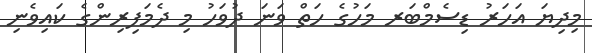
މިދިޔަ އަހަރު ޑިސެމްބަރ މަހުގެ ހަތް ވަނަ ދުވަހު މި ދެމަފިރިންގެ ކައިވެނި